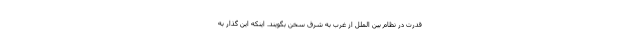
قدرت در نظام بین الملل از غرب به شرق سخن بگویند. اینکه این گذار به